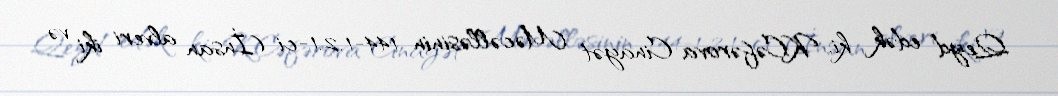
Qeyd edək ki, K.Cəfərova Cinayət Məcəlləsinin 144-1.2.1-ci (İnsan alveri iki və